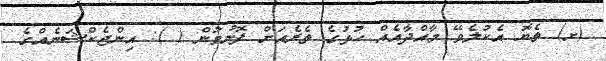
(ށ) ތެޔޮ އެކުލެވޭ މާއްދާއެއް ހުޅުގެ ތެރެއަށް ފޮނުވުން ( ): އިންޖެކްޝަނެއްގެ